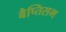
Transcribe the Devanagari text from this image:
बैप्तिसम